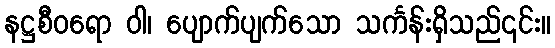
နဋ္ဌစီဝရော ဝါ၊ ပျောက်ပျက်သော သင်္ကန်းရှိသည်၎င်း။